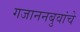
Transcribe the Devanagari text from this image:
गजाननबुवांचे